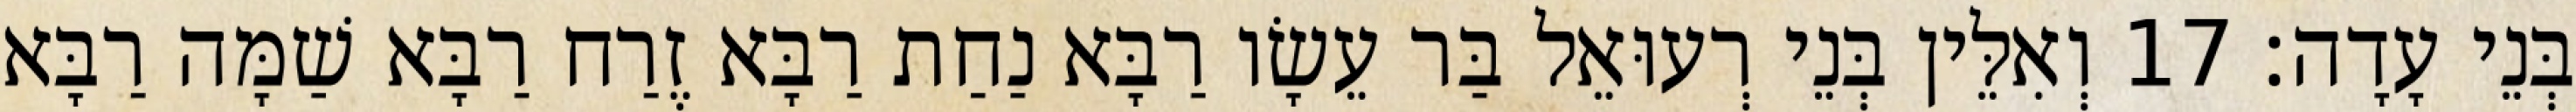
בְּנֵי עָדָה׃ 17 וְאִלֵּין בְּנֵי רְעוּאֵל בַּר עֵשָׂו רַבָּא נַחַת רַבָּא זֶרַח רַבָּא שַׁמָּה רַבָּא